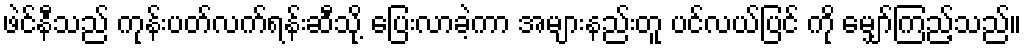
ဖဲင်နီသည် ကုန်းပတ်လက်ရန်းဆီသို့ ပြေးလာခဲ့ကာ အများနည်းတူ ပင်လယ်ပြင် ကို မျှော်ကြည့်သည်။